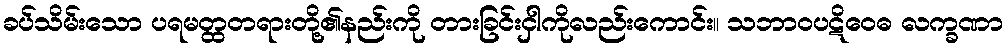
ခပ်သိမ်းသော ပရမတ္ထတရားတို့၏နည်းကို တားခြင်းငှါကိုလည်းကောင်း။ သဘာဝပဋိဝေဓ လက္ခဏာ